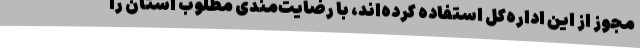
مجوز از این اداره‌کل استفاده کرده‌اند، با رضایت‌مندی مطلوب استان را